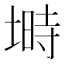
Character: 塒